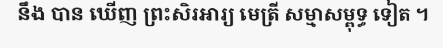
នឹង បាន ឃើញ ព្រះសិរអារ្យ មេត្រី សម្មាសម្ពុទ្ធ ទៀត ។